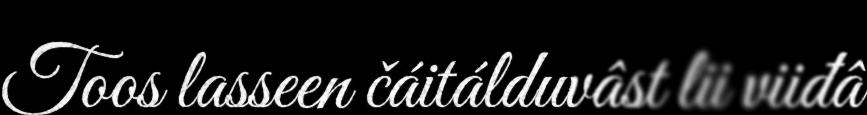
Toos lasseen čáitálduvâst lii viiđâ